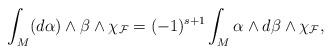
LaTeX: \begin{align*}\int_M(d\alpha)\wedge \beta\wedge \chi_{\mathcal{F}}=(-1)^{s+1}\int_M \alpha\wedge d\beta\wedge \chi_{\mathcal{F}},\end{align*}